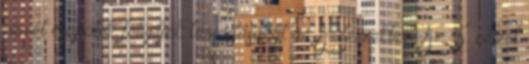
német csapatok felújítják támadásukat az Ardennekben. Az 5. német